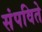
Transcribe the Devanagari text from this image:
संपविते